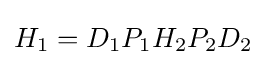
H_{1}=D_{1}P_{1}H_{2}P_{2}D_{2}